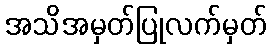
အသိအမှတ်ပြုလက်မှတ်